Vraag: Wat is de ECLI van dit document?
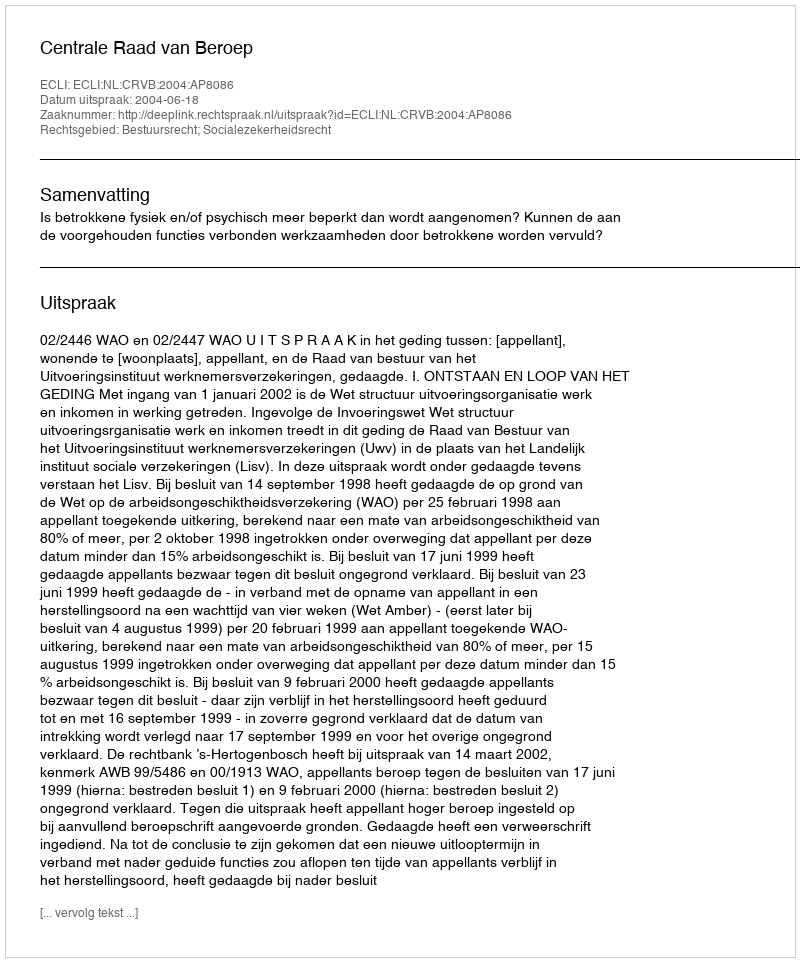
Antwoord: ECLI:NL:CRVB:2004:AP8086